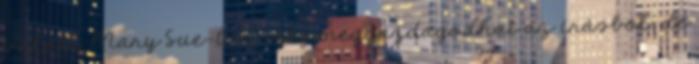
valaki Mary Sue-t ír, még meggazdagodhat az írásból, de